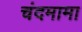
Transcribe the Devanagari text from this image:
चंदमामा